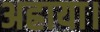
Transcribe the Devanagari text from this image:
अह्राया।